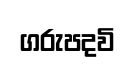
ගරුපදවි